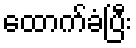
ထောက်ခံပြီး